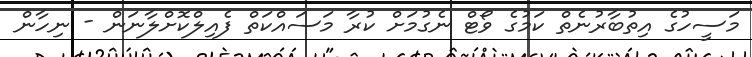
މަސީހުގެ އިތުބާރުނެތް ކަމުގެ ވޯޓް ނެގުމަށް ކުރާ މަސައްކަތް ފެއިލްކޮށްލާނަން - ނިހާން